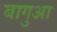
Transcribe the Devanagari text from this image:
बागुआ